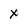
Character: x